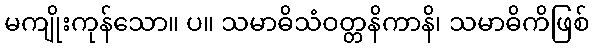
မကျိုးကုန်သော။ ပ။ သမာဓိသံဝတ္တနိကာနိ၊ သမာဓိကိဖြစ်